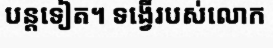
បន្តទៀត។ ទង្វើរបស់លោក